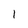
Character: 1